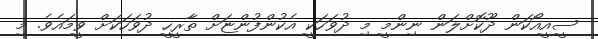
ސީއީއޯކަން ދޫކޮށްލަން ނިންމީ މި ދުވަހަކީ އެކުންފުންޏަށް ތާރީހީ ދުވަހަކަށް ވީމައެވެ. މި